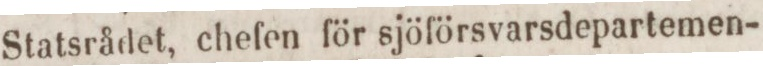
Statsrådet, chefen för sjöförsvarsdepartemen-